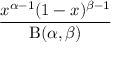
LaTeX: \frac { x ^ { \alpha - 1 } ( 1 - x ) ^ { \beta - 1 } } { \mathrm { B } ( \alpha , \beta ) }